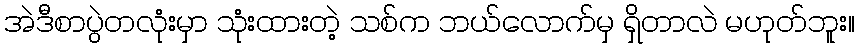
အဲဒီစာပွဲတလုံးမှာ သုံးထားတဲ့ သစ်က ဘယ်လောက်မှ ရှိတာလဲ မဟုတ်ဘူး။